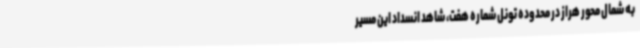
به شمال محور هراز در محدوده تونل شماره هفت، شاهد انسداد این مسیر